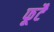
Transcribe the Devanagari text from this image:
फूटै